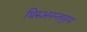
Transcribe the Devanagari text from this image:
थिरुअनन्तपुरम